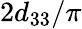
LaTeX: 2d_{33}/\pi